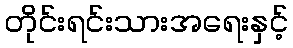
တိုင်းရင်းသားအရေးနှင့်